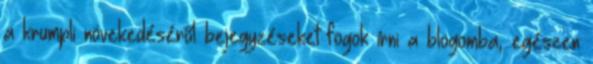
a krumpli növekedéséről bejegyzéseket fogok írni a blogomba, egészen